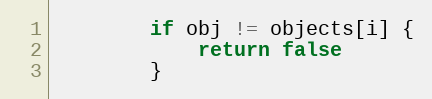
Language: Go
		if obj != objects[i] {
			return false
		}